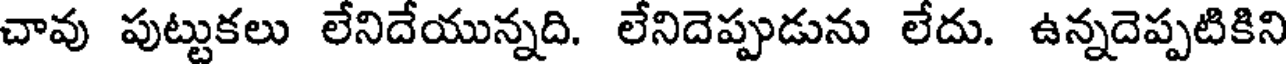
చావు పుట్టుకలు లేనిదేయున్నది. లేనిదెప్పుడును లేదు. ఉన్నదెప్పటికిని